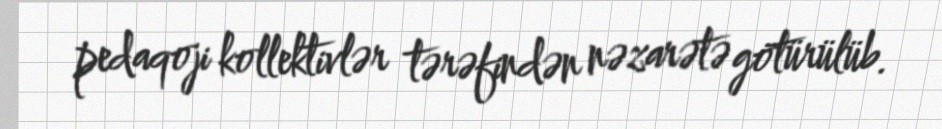
pedaqoji kollektivlər tərəfindən nəzarətə götürülüb.